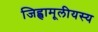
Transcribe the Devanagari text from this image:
जिह्वामूलीयस्य